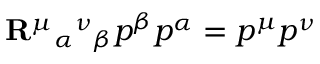
{ \bf R } ^ { \mu } { } _ { \alpha } { } ^ { \nu } { } _ { \beta } p ^ { \beta } p ^ { \alpha } = p ^ { \mu } p ^ { \nu }